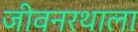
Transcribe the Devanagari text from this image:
जीवनरथाला